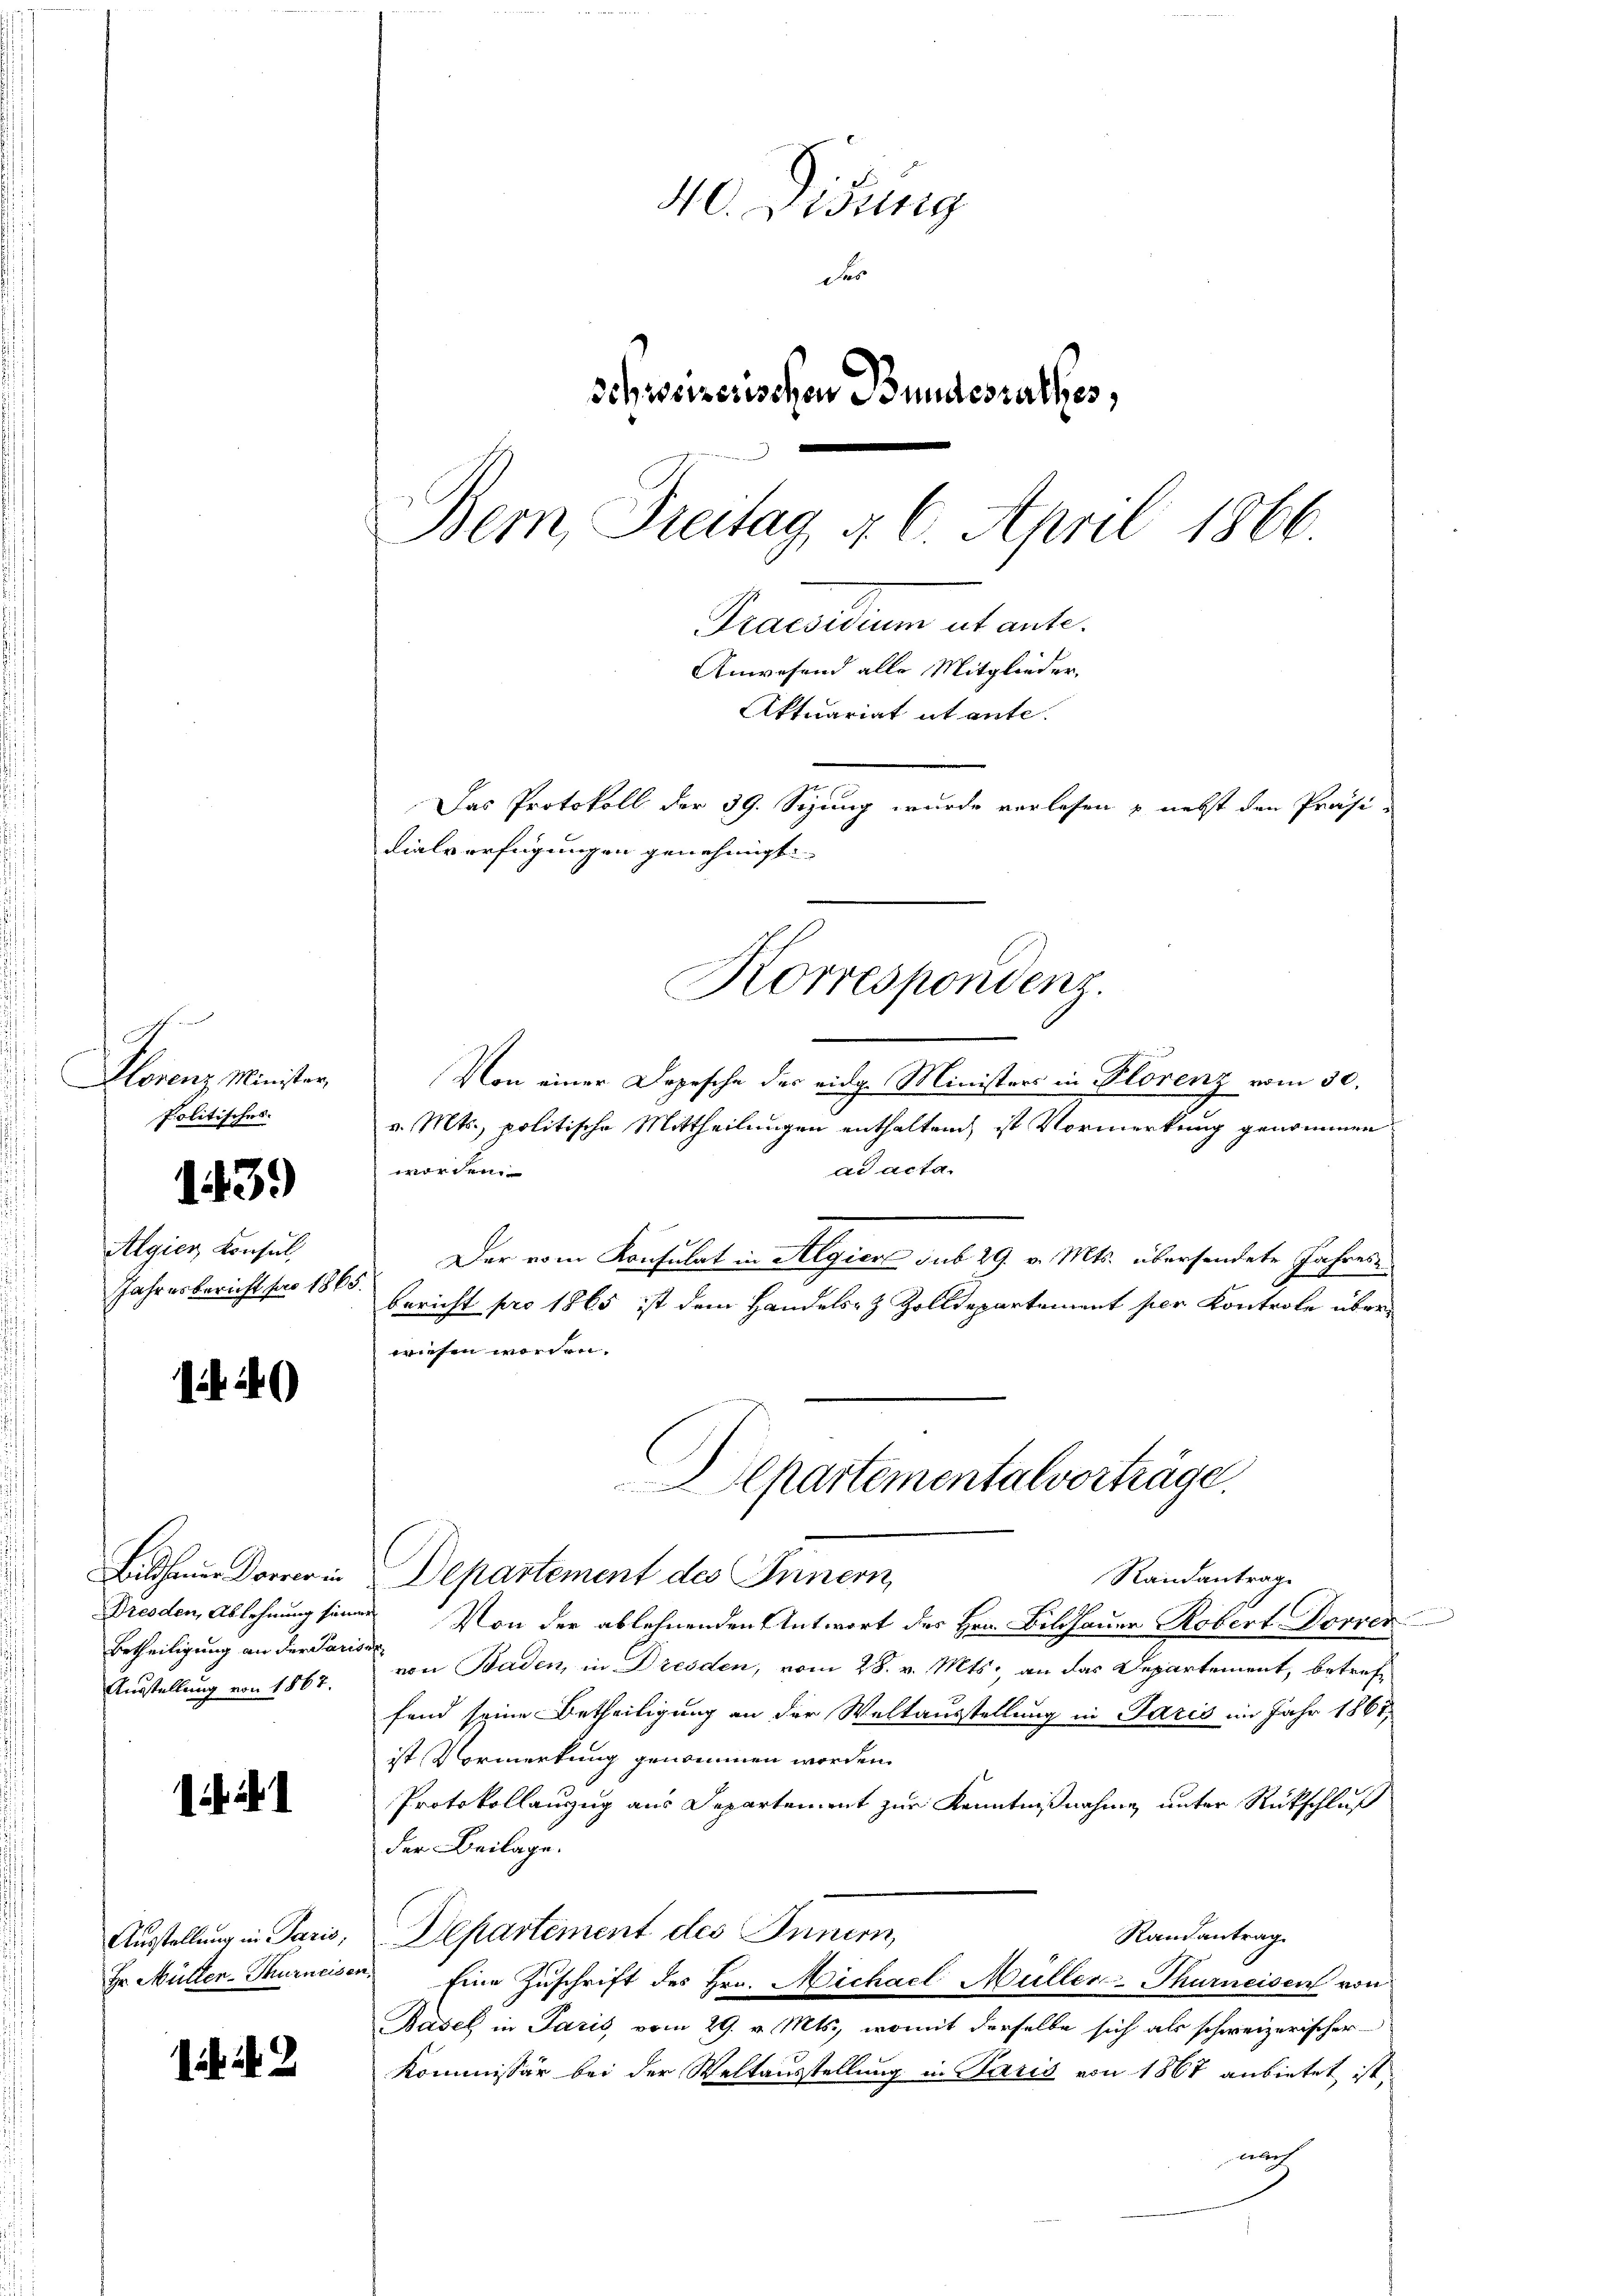
7
Alorenz Minister,
politisches

1439)

Algien Konsul
JJahresbericht pro 1863.

1440

Bilhamer Dorner in
Dresden, Ablehnung seine
Betheiligung an der Paris
Ausstellung von 1867.

f ihr

Ausstellung in Paris;
Hr. Müller-Thurneise

i 2

40. Disung
de
schweizerischen Bundesrathes,
Bern, Freitag d. 6. April 1866.
Praesidium ut ante.
Anwesend alle Mitglieder,
Aktuariat et ente
Das Protokoll der 39. Sezung wurde verlesen & nebst den Präsi-
vialverfügungen genehmigt. |

Von einer Depesche der eidg. Ministers in Florenz vom 30.
v. Mts., politische Mittheilungen enthalten ist Vormerkung genommen
ad acta.
worden.
Der vom Konsulat in Algiere sub 29. v. Mts. übersendete Jahrese
bericht pro 1865 ist dem Handels- & Zolldepartement per Kontrole über
wiesen worden.
Departement des Innern,
Randantrage
 Von der ablehnenden Antwort des Hrn. Bildhauer Robert Dorver
von Baden, in Dresden, vom 28. v. Mts., an das Departement, betreffand seine Betheiligung an der Weltausstellung in Paris im Jahr 1861,
ist Vormerkung genommen worden.
Protokollanzug aus Departement zur Kenntnißnahme unter Rückschluß
der Beilage.
Departement des Innern,
Randantrag
Eine Zŭschrift des Hrn. Michael Müller-Thurneisen von
Basel in Paris, vom 29. v. Mts., womit derselbe sich als schweizerischer
Kommissär bei der Weltausstellung in Paris von 1867 anbietet ist,
ach

Korrespondenz

Apartementalvorträge.